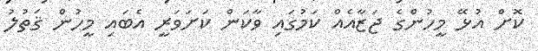
ކޮށް އުޅޭ މީހުންގެ ޖަޒާއެއް ކަމުގައި ވާކަން ކަށަވަރީ އެބައި މީހުން ޤަތުލު